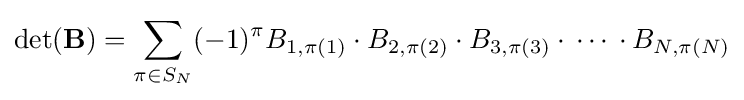
\det(\mathbf {B} )=\sum _{\pi \in S_{N}}(-1)^{\pi }B_{1,\pi (1)}\cdot B_{2,\pi (2)}\cdot B_{3,\pi (3)}\cdot \,\cdots \,\cdot B_{N,\pi (N)}